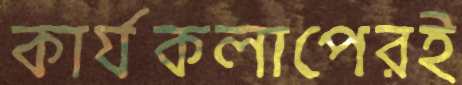
কার্যকলাপেরই